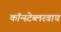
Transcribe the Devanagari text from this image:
कॉन्स्टेब्लरवाच